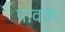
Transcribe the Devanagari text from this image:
पावकः